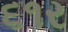
૬૧ર